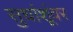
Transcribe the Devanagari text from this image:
सुधांशूंवर